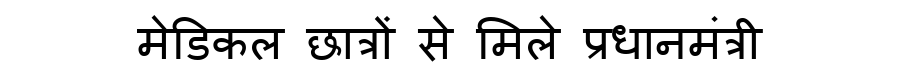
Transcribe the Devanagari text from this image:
मेडिकल छात्रों से मिले प्रधानमंत्री